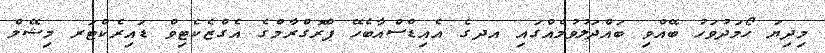
މިދިޔަ ހޯމަދުވަހު ބޭއްވި ބައްދަލުވުމެއްގައި އދގެ އެއިޑްސްއާބެހޭ ޕްރޮގްރާމްގެ އެގްޒެކެޓިވް ޑައިރެކްޓަރ މިޝޭލް